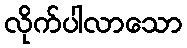
လိုက်ပါလာသော